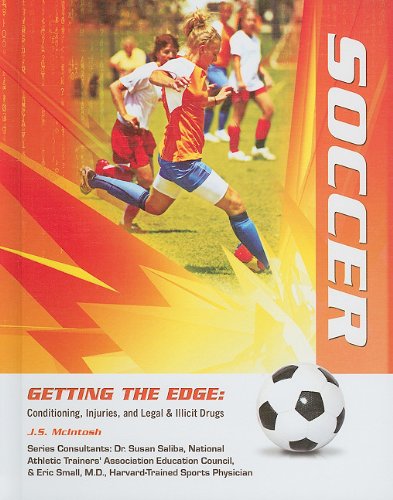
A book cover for Soccer (Getting the Edge: Conditioning, Injuries, and Legal & Illicit Drugs); J. S. Mcintosh; Teen & Young Adult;